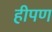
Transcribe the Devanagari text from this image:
हीपण